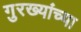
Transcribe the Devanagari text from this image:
गुरख्यांच्या